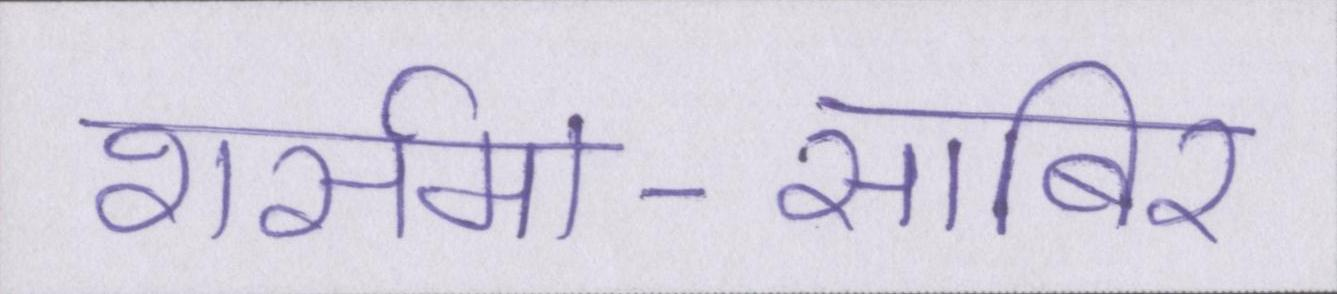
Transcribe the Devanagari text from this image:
शर्समा-साबिर